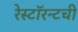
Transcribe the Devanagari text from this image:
रेस्टॉरन्टची